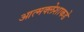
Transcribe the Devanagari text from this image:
आत्मक्लेशाकडे